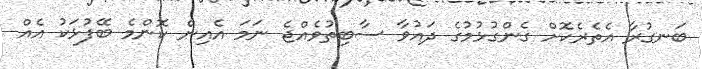
ބަނގުރާ އެތެރެކޮށް ގެންގުޅުމުގެ ދައުވާ ސާބިތުވެއްޖެ ނަމަ އެއިން ކޮންމެ ބޭފުޅަކު އެއް